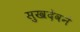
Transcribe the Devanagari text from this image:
सुखदेवने